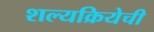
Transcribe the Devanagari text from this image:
शल्यक्रियेची